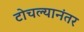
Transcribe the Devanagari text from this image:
टोचल्यानंतर